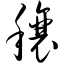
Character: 穰